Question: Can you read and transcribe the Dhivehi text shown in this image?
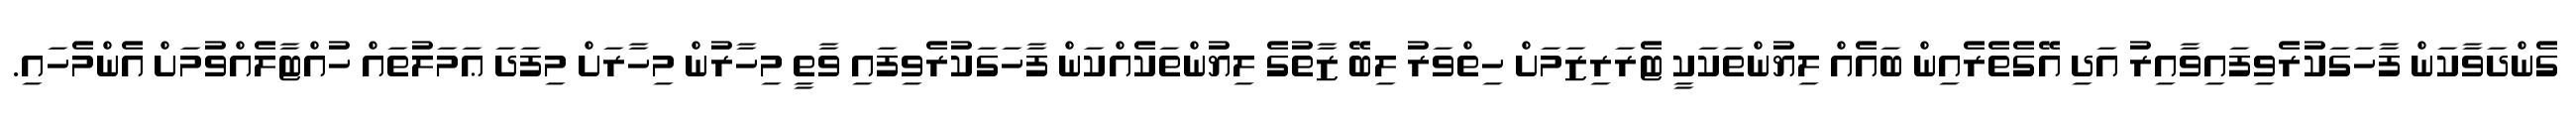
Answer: ގެންދަވާކަން ފާހަގަކުރެވިފައިވާއިރު އަދި އޭގެތެރެއިން ބައެއް ލިޔުންތަކަކީ ޓެރަރިޒަމަށް ހިތްވަރު ލިބޭ ޒާތުގެ ލިޔުންތަކެއްކަން ފާހަގަކުރެވިފައި ވާތީ މިހާރުން މިހާރަށް މިފަދަ ޢަމަލުތައް ހުއްޓާލެއްވުމަށް އެންމެހައި.